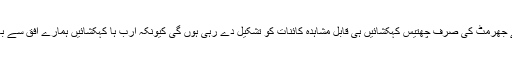
بالآخر مقامی جماعت کے جھرمٹ کی صرف چھتیس کہکشائیں ہی قابل مشاہدہ کائنات کو تشکیل دے رہی ہوں گی کیونکہ ارب ہا کہکشائیں ہمارے افق سے بھی دور چلی گئی ہوں گی۔